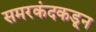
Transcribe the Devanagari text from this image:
समरकंदकडून